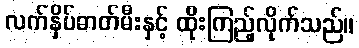
လက်နှိပ်ဓာတ်မီးနှင့် ထိုးကြည့်လိုက်သည်။